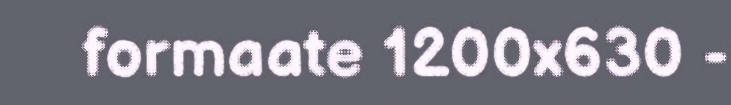
formaate 1200x630 -